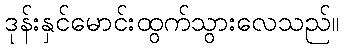
ဒုန်းနှင်မောင်းထွက်သွားလေသည်။